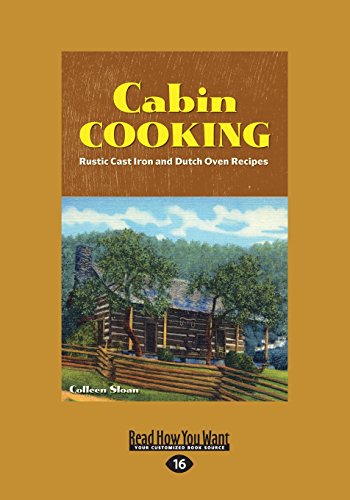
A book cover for Cabin Cooking: Rustic Cast Iron and Dutch Oven Recipes; Colleen Sloan; Cookbooks, Food & Wine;